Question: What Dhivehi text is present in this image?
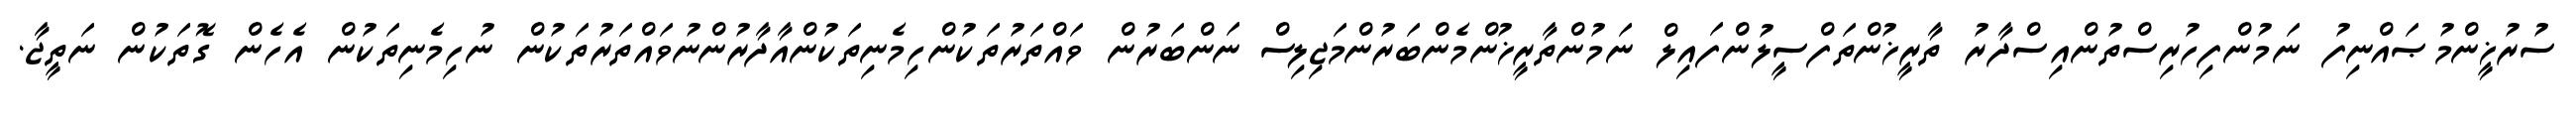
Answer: ސުރުޚީންމުޞައްނިފު ނަމުންފިހުރިސްތުންއިސްދާރު ތާރީޚުންތަފްސީލުންފައިލް ނަމުންތާރީޚުންމެންބަރުންމަޖިލިސް ނަންބަރުން ވައްތަރުތަކުންހިމެނިތަކުންއާދާރުންނުވައްތަރުތަކުން ނުހިމެނިތަކުން އެހެން ގޮތަކުން ނަތީޖާ.